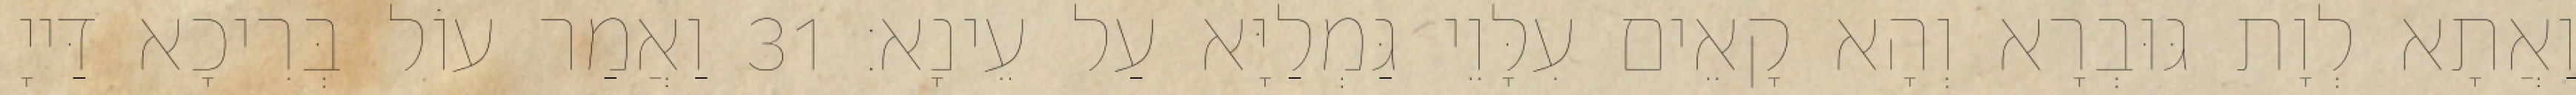
וַאֲתָא לְוָת גּוּבְרָא וְהָא קָאֵים עִלָּוֵי גַּמְלַיָּא עַל עֵינָא׃ 31 וַאֲמַר עוֹל בְּרִיכָא דַּייָ